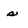
Character: s